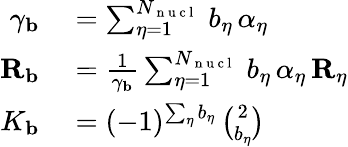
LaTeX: \begin{array}{rl}{\gamma_{\mathbf{b}}}&{{}=\sum_{\eta=1}^{N_{\mathrm{~n~u~c~l~}}}\, b_{\eta}\, \alpha_{\eta}}\\ {{\mathbf{R}_{\mathbf{b}}}}&{{}=\frac{1}{\gamma_{\mathbf{b}}}\sum_{\eta=1}^{N_{\mathrm{~n~u~c~l~}}}\, b_{\eta}\, \alpha_{\eta}\, {\mathbf{R}_{\eta}}}\\ {K_{\mathbf{b}}}&{{}=(-1)^{\sum_{\eta}b_{\eta}}\, {\binom{2}{b_{\eta}}}}\end{array}